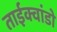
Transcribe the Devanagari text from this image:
ताईक्वांडो